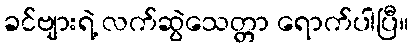
ခင်ဗျားရဲ့ လက်ဆွဲသေတ္တာ ရောက်ပါပြီ။